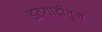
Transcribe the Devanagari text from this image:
इत्यादींतून